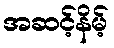
အဆင့်နိမ့်